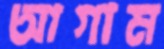
আগাম